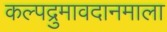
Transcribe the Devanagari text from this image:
कल्पद्रुमावदानमाला